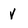
Character: v